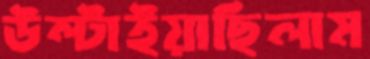
উল্‌টাইয়াছিলাম